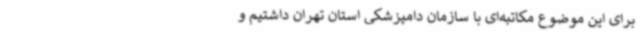
برای این موضوع مکاتبه‌ای با سازمان دامپزشکی استان تهران داشتیم و